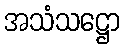
အသံသဋ္ဌော